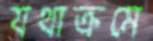
যথাক্রমে